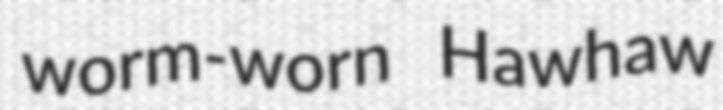
worm-worn Hawhaw